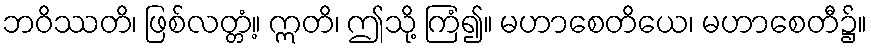
ဘဝိဿတိ၊ ဖြစ်လတ္တံ့။ ဣတိ၊ ဤသို့ ကြံ၍။ မဟာစေတိယေ၊ မဟာစေတီ၌။